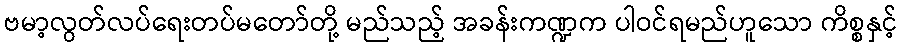
ဗမာ့လွတ်လပ်ရေးတပ်မတော်တို့ မည်သည့် အခန်းကဏ္ဍက ပါဝင်ရမည်ဟူသော ကိစ္စနှင့်